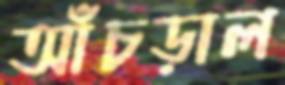
আঁচড়াল